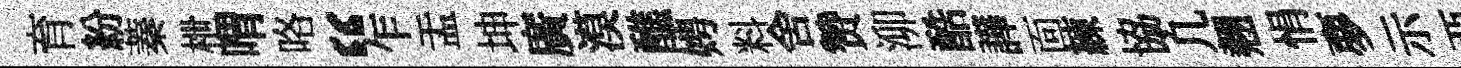
育紛蓁枻喟咯“乍盂坤廣漠醮娉料舍赞泖酷譁靣練協凢翹悁夣示亞